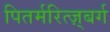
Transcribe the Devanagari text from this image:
पितर्मरित्ज़्बर्ग